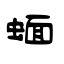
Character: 蝒